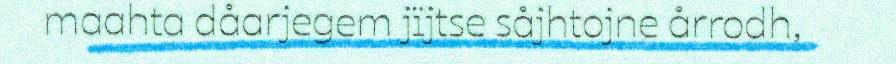
maahta dåarjegem jïjtse såjhtojne årrodh,